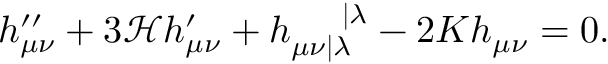
h _ { \mu \nu } ^ { \prime \prime } + 3 \mathcal { H } h _ { \mu \nu } ^ { \prime } + h _ { \mu \nu | \lambda } ^ { \mathrm { ~ } \mathrm { ~ } \mathrm { ~ } \mathrm { ~ } | \lambda } - 2 K h _ { \mu \nu } = 0 .